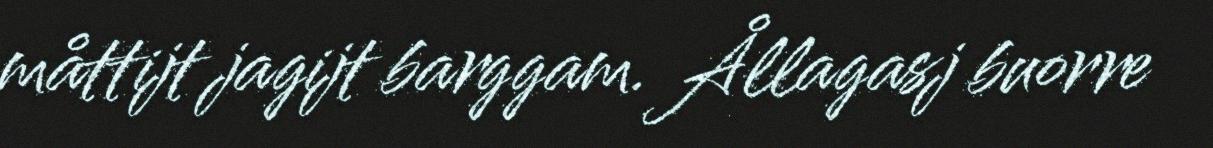
måttijt jagijt barggam. Ållagasj buorre